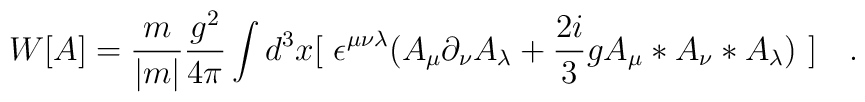
W[A] = \frac{m}{|m|} \frac{g^2}{4\pi} \int d^3x[~\epsilon^{\mu\nu\lambda}(A_{\mu}\partial_{\nu}A_{\lambda}+ \frac{2i}{3}g A_{\mu}*A_{\nu}*A_{\lambda})~] ~~~.\\